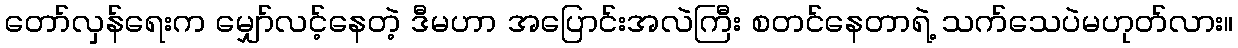
တော်လှန်ရေးက မျှော်လင့်နေတဲ့ ဒီမဟာ အပြောင်းအလဲကြီး စတင်နေတာရဲ့ သက်သေပဲမဟုတ်လား။